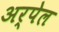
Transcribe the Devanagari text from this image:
अर्पेल